Vaccination in Bombay 1924-1928 - 1924-1928
Year: 1924
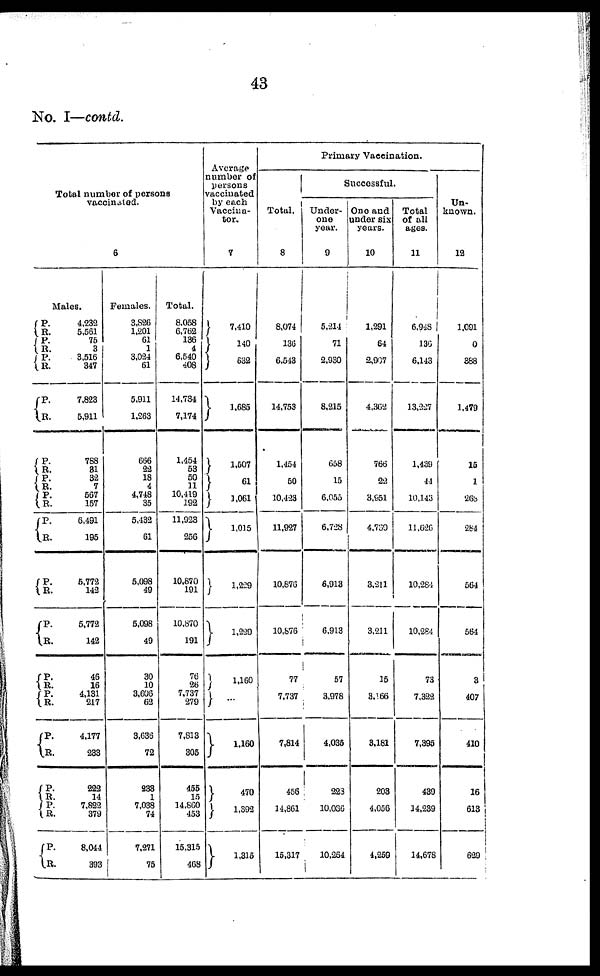
43
No. I—contd.
Total number of persons
vaccinated.
6
Males.
P.
R.
P.
R.
P.
R.
P.
R.
P.
R.
P.
R. P.
R.
P.
R.
P.
R.
P.
R.
P.
R. P.
R.
P.
R.
P.
R.
P.
R.
P.
R.
4,232
5,561
75
3
3,516
347
7,823
5,911
788
31
32
7
567
157
6,491
195
5,772
142
5,772
142
46
16
4,131
217
4,177
233
222
14
7,822
379
8,044
393
Females.
3,826
1,201
61
1
3,024
61
5,911
1,263
666
22
18
4
4,748
35
5,432
61
5,098
49
5,098
49
30
10
3,606
62
3,636
72
233
1
7,038
74
7,271
75
Total.
8,058
6,762
136
4
6,540
408
14,734
7,174
1,454
53
50
11
10,419
192
11,923
256
10,870
191
10,870
191
76
26
7,737
279
7,813
305
455
15
14,860
453
15,315
468
Average
number of
persons
vaccinated
by each
Vaccina¬
tor.
7
7,410
140
632
1,685
1,507
61
1,061
1,015
1,229
1,229
1,160
...
1,160
470
1,392
1,315
Primary Vaccination.
Total.
8
8,074
136
6,543
14,753
1,454
50
10,423
11,927
10,876
10,876
77
7,737
7,814
456
14,861
15,317
Successful.
Under-
one
year.
9
5,214
71
2,930
8,215
658
15
6,055
6,728
6,913
6,913
57
3,978
4,035
228
10,036
10,264
One and
under six
years.
10
1,291
64
2,907
4,362
766
22
3,951
4,730
3,211
3,211
15
3,166
3,181
203
4,056
4,259
Total
of all
ages.
11
6,948
136
6,143
13,227
1,439
44
10,143
11,626
10,284
10,284
73
7,322
7,395
439
14,239
14,678
Un-
known.
12
1,091
0
388
1,479
15
1
268
284
564
564
3
407
410
16
613
629